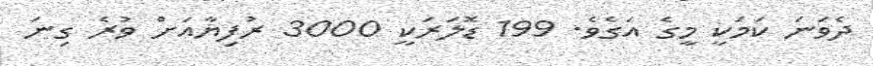
ދެވަނަ ކަމަކީ މީގެ އަގެވެ. 199 ޑޮލަރަކީ 3000 ރުފިޔާއަށް ވުރެ ގިނަ